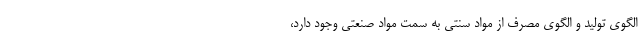
الگوی تولید و الگوی مصرف از مواد سنتی به سمت مواد صنعتی وجود دارد،